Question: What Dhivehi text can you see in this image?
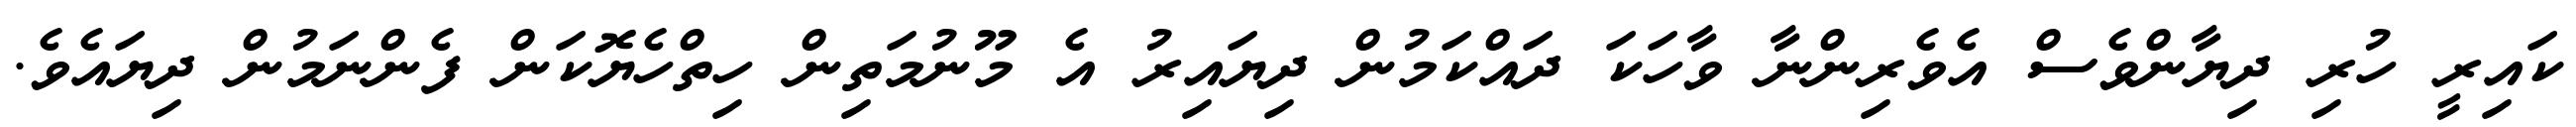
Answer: ކައިރީ ހުރި ދިޔާންވެސް އެވެރިންނާ ވާހަކަ ދައްކަމުން ދިޔައިރު އެ މޫނުމަތިން ހިތްހެޔޮކަން ފެންނަމުން ދިޔައެވެ.